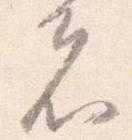
者